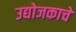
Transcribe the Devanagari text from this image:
उद्योजकाचे